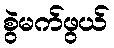
စွဲမက်ဖွယ်